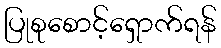
ပြုစုစောင့်ရှောက်ရန်